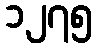
၁၂၇၅